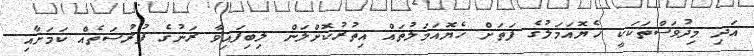
އަދި މިދުވަސްތަކަކީ ހެޔޮއަމަލުގެ ފަތަށް ހެޔޮއަމަލުތައް އިތުރުކޮށްލަން ލިބިފައިވާ ރަނުގެ ފުރުސަތެއް ކަމަށާއި